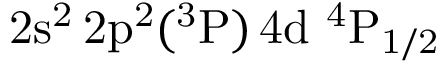
\mathrm { 2 s ^ { 2 } \, 2 p ^ { 2 } ( ^ { 3 } P ) \, 4 d ~ ^ { 4 } P _ { 1 / 2 } }